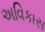
અવિકાસ